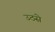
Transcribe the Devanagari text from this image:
उठसे